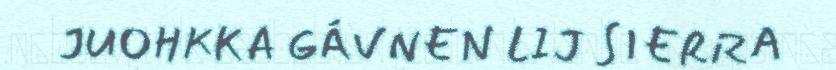
JUOHKKA GÁVNEN LIJ SIERRA